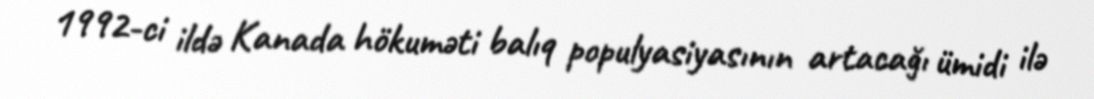
1992-ci ildə Kanada hökuməti balıq populyasiyasının artacağı ümidi ilə